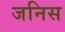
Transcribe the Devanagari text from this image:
जनिस